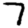
Digit: 7